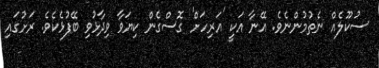
ސުކޫލެއް ނެތުމުންނެވެ. އޭނާ އަކީ 'އަރިހަށް' ގޮސްގެން ކިޔަވާ ވިދާޅުވި ބޭފުޅެކެވެ. ރަށުގައި